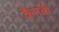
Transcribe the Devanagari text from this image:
कैनबी